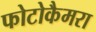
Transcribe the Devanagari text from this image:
फोटोकैमरा